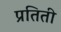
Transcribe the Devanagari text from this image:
प्रतिती